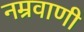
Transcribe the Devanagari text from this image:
नम्रवाणी